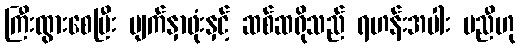
ကြီးထွားစေပြီး မျက်နှာဖုံးနှင့် ဆစ်ဆရိုသည် ရဟန်းအပါး မညီဟု